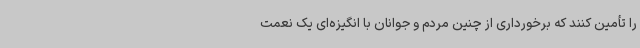
را تأمین کنند که برخورداری از چنین مردم و جوانان با انگیزه‌ای یک نعمت